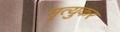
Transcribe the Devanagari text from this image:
मृत्युकर